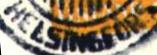
HELSINGFORS